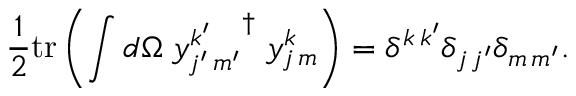
{ \frac { 1 } { 2 } } \mathrm { t r } \left( { \int { d \Omega \; { y _ { j ^ { \prime } \, m ^ { \prime } } ^ { k ^ { \prime } } } ^ { \dagger } \; y _ { j \, m } ^ { k } } } \right) = \delta ^ { k \, k ^ { \prime } } \delta _ { j \, j ^ { \prime } } \delta _ { m \, m ^ { \prime } } .